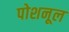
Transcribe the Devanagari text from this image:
पोशनूल